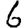
Digit: 6